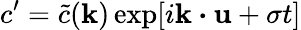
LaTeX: c^{\prime}=\tilde{c}(\mathbf{k})\exp[i\mathbf{k}\boldsymbol{\cdot}\mathbf{u}+\sigma t]